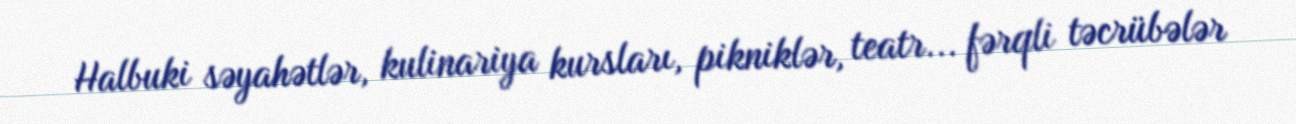
Halbuki səyahətlər, kulinariya kursları, pikniklər, teatr... fərqli təcrübələr